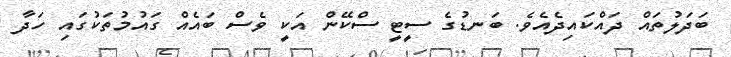
ބަދަލުތައް ދައްކައިދެއެވެ. ބަނޑުގެ ސީޓީ ސްކޭން އަކީ ވެސް ބައެއް ގައުމުތަކުގައި ހަދާ